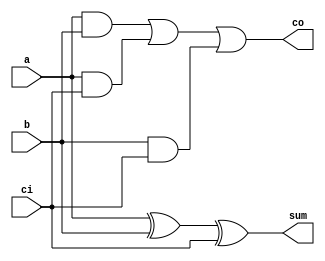
module fulladder(sum, co, a, b, ci);

  input   a, b, ci;
  output  sum, co;

  wire s,c1,c2;

  assign sum = a ^ b ^ ci;
  assign co = (a & b) | (a & ci) | (b & ci);

endmodule